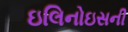
ઇલિનોઇસની